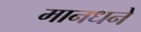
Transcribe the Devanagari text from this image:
मानधने